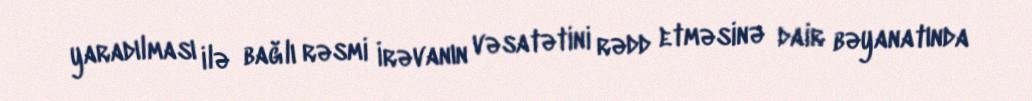
yaradılması ilə bağlı rəsmi İrəvanın vəsatətini rədd etməsinə dair bəyanatında